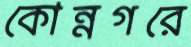
কোন্নগরে